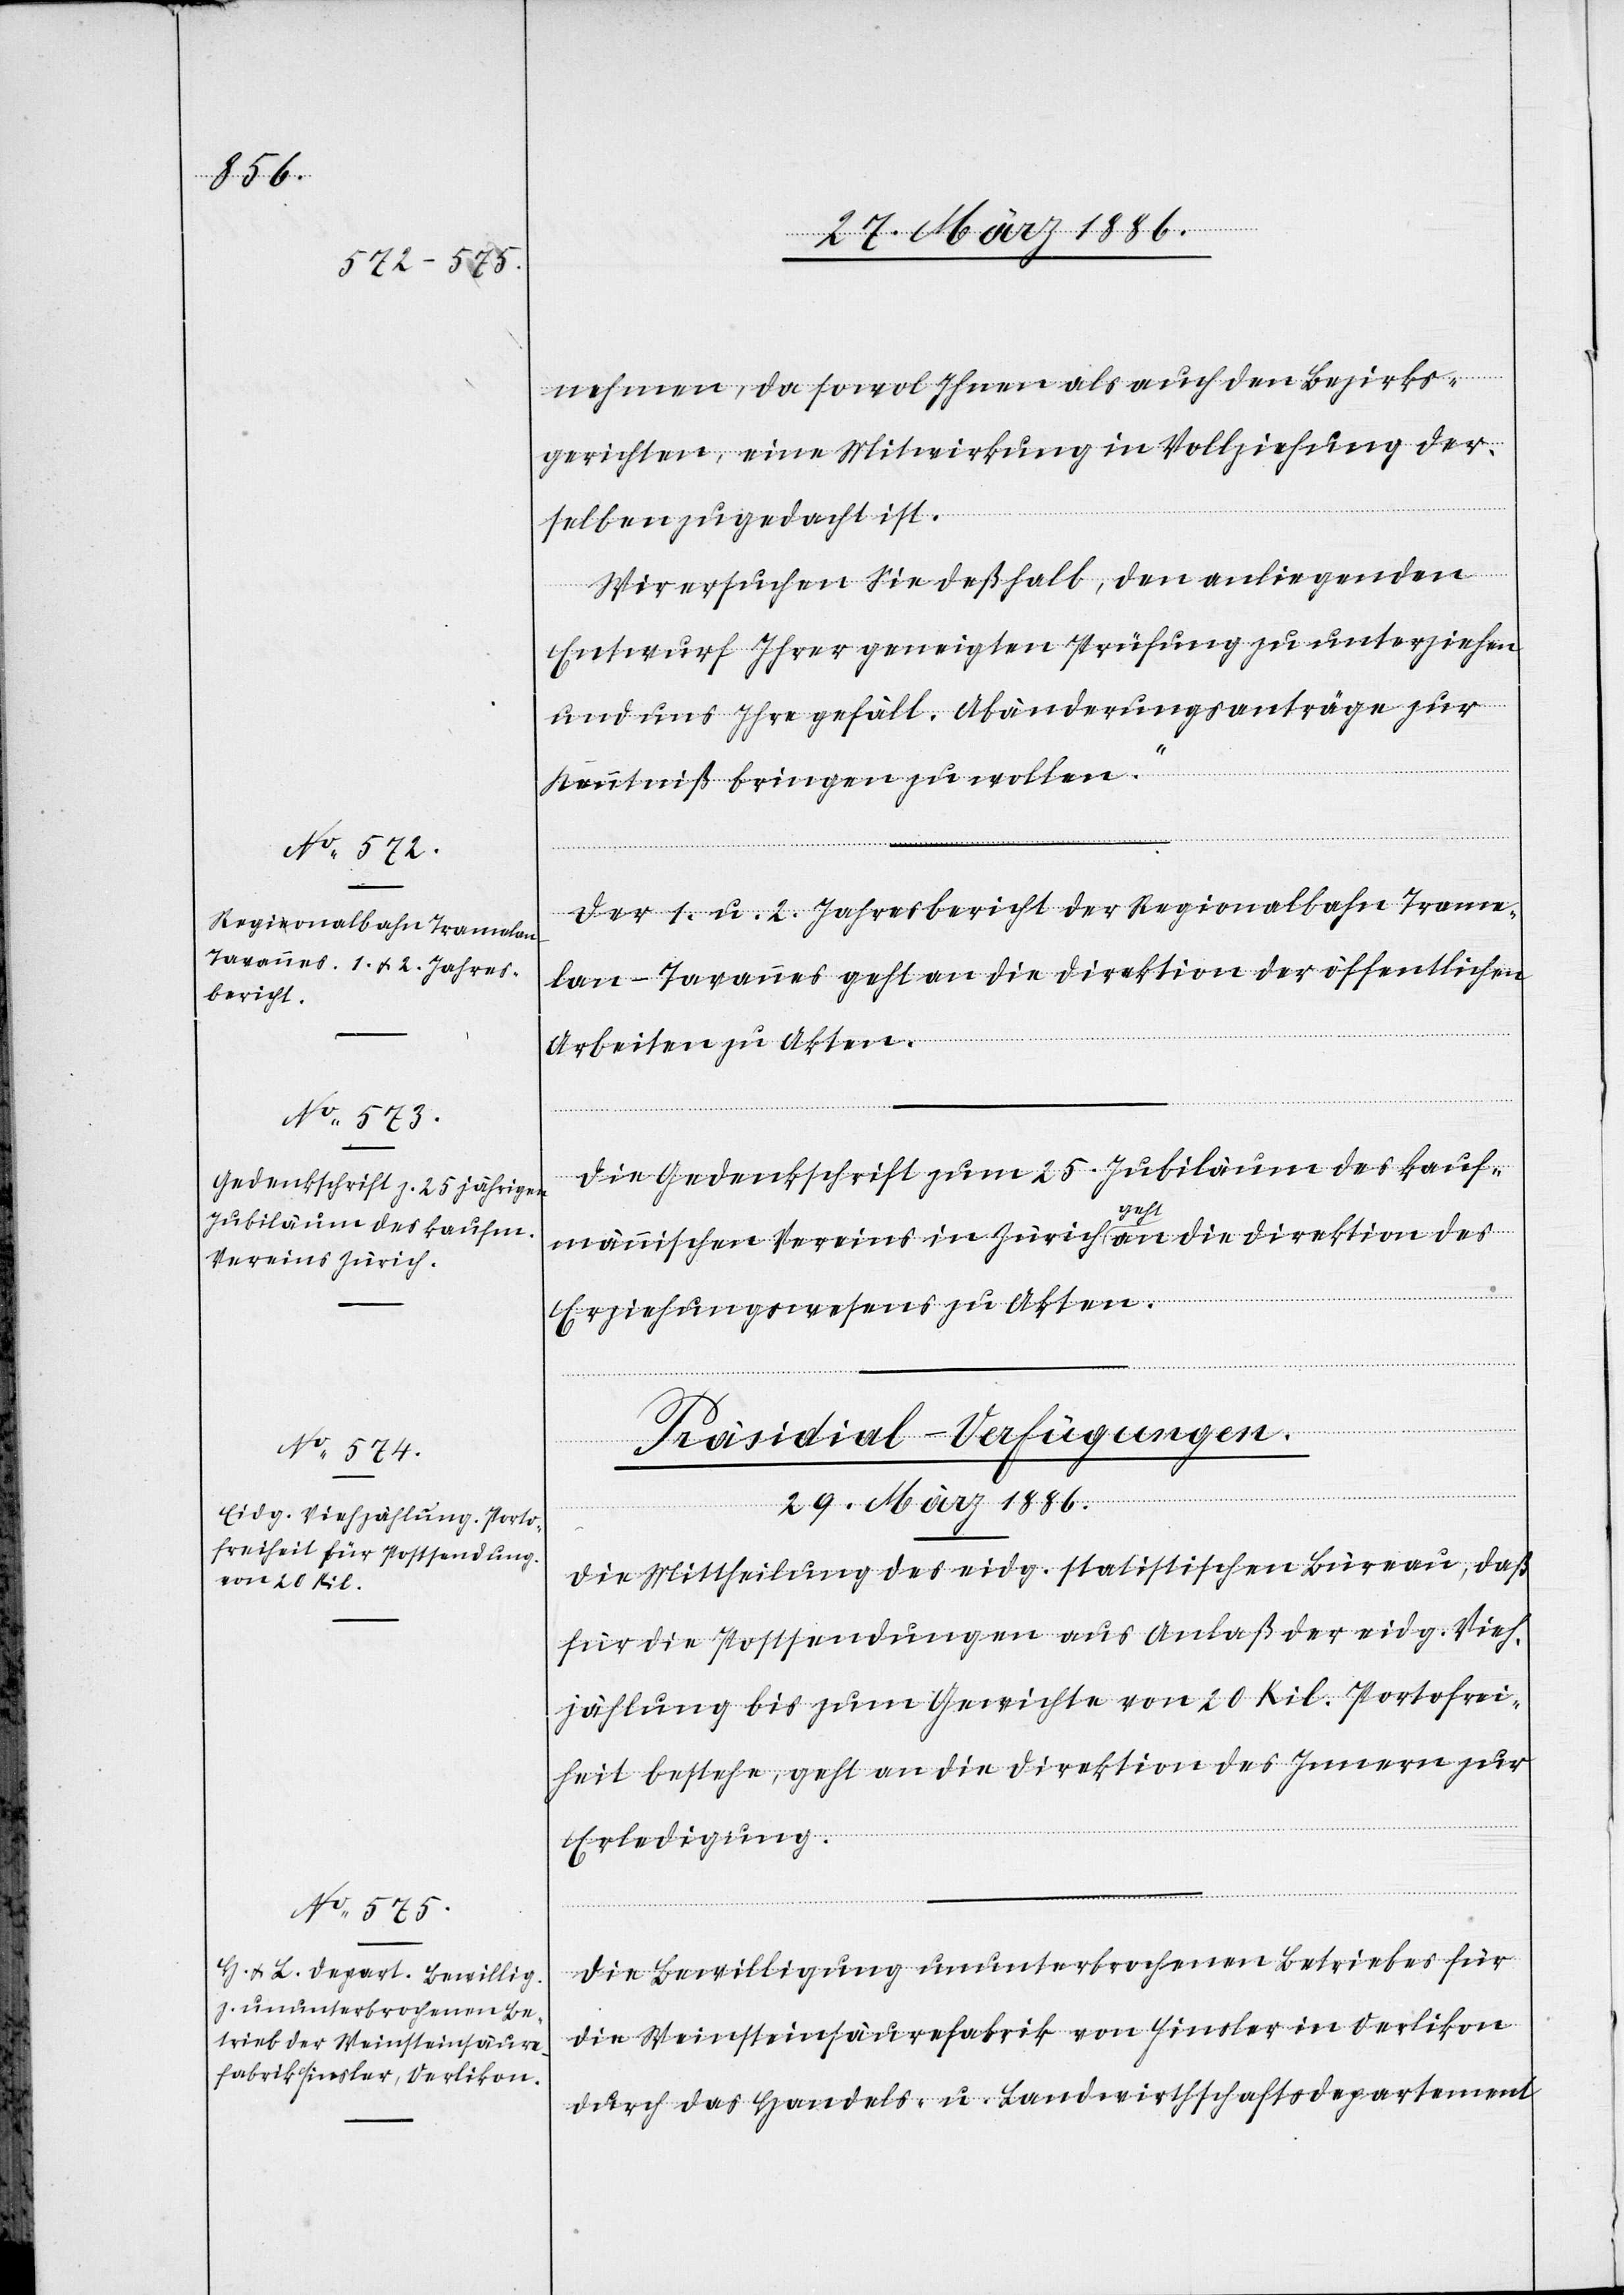
nehmen, da sowol Ihnen als auch den Bezirks¬
gerichten, eine Mitwirkung in Vollziehung der¬
selben zugedacht ist.
Wir ersuchen Sie deßhalb, den anliegenden
Entwurf Ihrer geneigten Prüfung zu unterziehen
und uns Ihre gefäll. Abänderungsanträge zur
Kenntniß bringen zu wollen.“
Der 1. u. 2. Jahresbericht der Regionalbahn Trame¬
lan–Tavannes geht an die Direktion der öffentlichen
Arbeiten zu Akten.
Die Gedenkschrift zum 25. Jubiläum des kauf¬
männischen Vereins in Zürich geht an die Direktion des
Erziehungswesens zu Akten.
[Präsidial-Verfügungen.
29. März 1886.]
Die Mittheilung des eidg. statistischen Büreau, daß
für die Postsendung aus Anlaß der eidg. Vieh¬
zählung bis zum Gewichte von 20 Kil. Portofrei¬
heit bestehe, geht an die Direktion des Innern zur
Erledigung.
Die Bewilligung ununterbrochenen Betriebes für
die Weinsteinsäurefabrik von Finsler in Oerlikon
durch das Handels- u. Landwirthschaftsdepartement